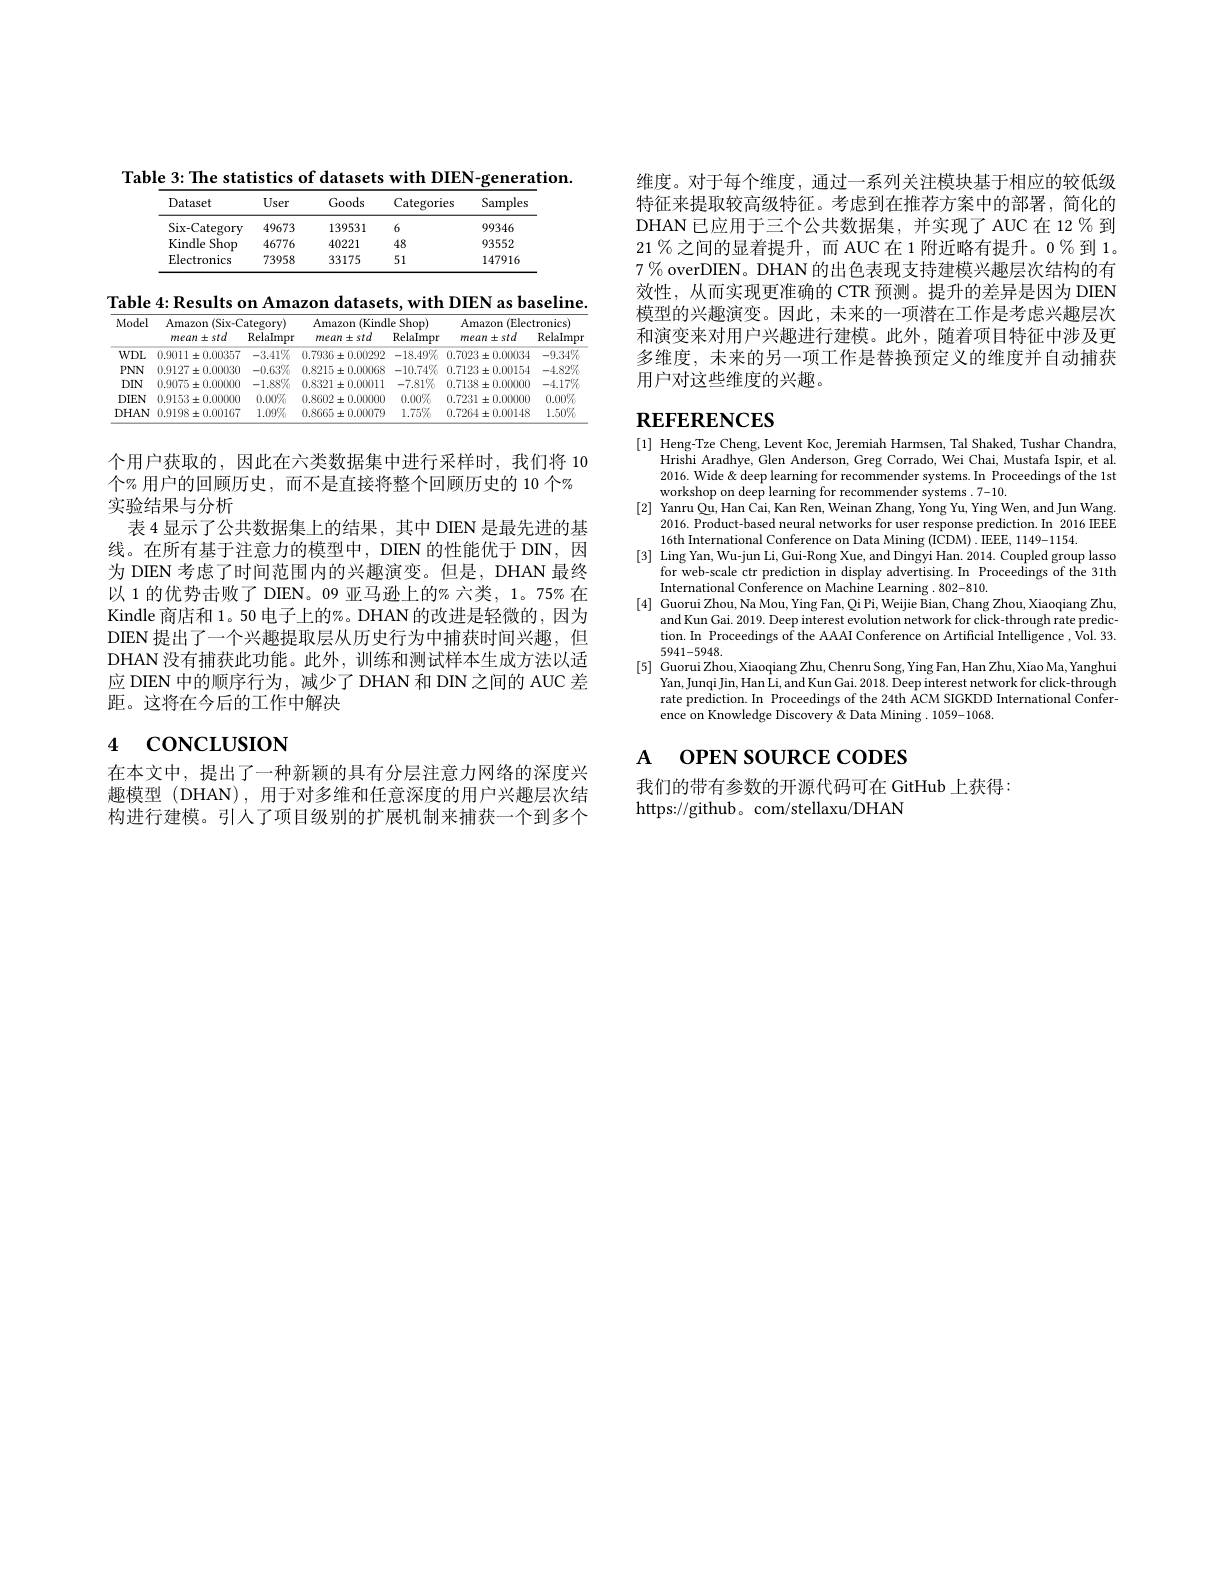
Table 3: The statistics of datasets with DIEN-generation.
<table>
	<tbody>
		<tr>
			<th>Dataset</th>
			<th>User</th>
			<th>Goods</th>
			<th>Categories</th>
			<th>Samples</th>
		</tr>
		<tr>
			<td>Six-Category</td>
			<td>49673</td>
			<td>139531</td>
			<td>6</td>
			<td>99346</td>
		</tr>
		<tr>
			<td>Kindle :Shop</td>
			<td>46776</td>
			<td>40221</td>
			<td>48</td>
			<td>93552</td>
		</tr>
		<tr>
			<td>Electronics</td>
			<td>73958</td>
			<td>33175</td>
			<td>51</td>
			<td>147916</td>
		</tr>
	</tbody>
</table>

Table 4: Results on Amazon datasets, with DIEN as baseline.
<table>
	<tbody>
		<tr>
			<th rowspan="2">Model</th>
			<th colspan="2">Amazon (Six-Categorv)</th>
			<th colspan="2">Amazon (Kindle Shop)</th>
			<th colspan="2">Amazon (Electronics)</th>
		</tr>
		<tr>
			<th>mean±std</th>
			<th>RelaImpr</th>
			<th>mean±std</th>
			<th>RelaImpr</th>
			<th>mean±std</th>
			<th>RelaImpr</th>
		</tr>
		<tr>
			<td>$WDL$</td>
			<td>$0.9011\pm0.00357$</td>
			<td>$-3.41\%$</td>
			<td>$0.7936\pm0.00292$</td>
			<td>$-18.49\%$</td>
			<td>$0.7023\pm0.00034$</td>
			<td>$-9.34\%$</td>
		</tr>
		<tr>
			<td>$PNN$</td>
			<td>$0.9127\pm0.00030$</td>
			<td>$-0.63\%$</td>
			<td>$0.8215\pm0.00068$</td>
			<td>$-10.74\%$</td>
			<td>$0.7123\pm0.00154$</td>
			<td>$-4.82\%$</td>
		</tr>
		<tr>
			<td>$DIN$</td>
			<td>$0.9075\pm0.000000$</td>
			<td>$-1.88\%$</td>
			<td>$0.8321\pm0.00011$</td>
			<td>$-7.81\%$</td>
			<td>$0.7138\pm0.00000$</td>
			<td>$-4.17\%$</td>
		</tr>
		<tr>
			<td>$DIEN$</td>
			<td>$0.9153\pm0.000000$</td>
			<td>$0.00\%$</td>
			<td>$0.8602\pm0.000000$</td>
			<td>$0.00\%$</td>
			<td>$0.7231\pm0.00000$</td>
			<td>$0.00\%$</td>
		</tr>
		<tr>
			<td>$DHAN$</td>
			<td>$0.9198\pm0.00167$</td>
			<td>$1.09\%$</td>
			<td>$0.8665\pm0.00079$</td>
			<td>$1.75\%$</td>
			<td>$0.7264\pm0.00148$</td>
			<td>$1.50\%$</td>
		</tr>
	</tbody>
</table>

个用户获取的，因此在六类数据集中进行采样时，我们将 10
个% 用户的回顾历史，而不是直接将整个回顾历史的 10 个%
实验结果与分析
表 4 显示了公共数据集上的结果，其中 DIEN 是最先进的基线。在所有基于注意力的模型中，DIEN 的性能优于 DIN,因为 DIEN 考虑了时间范围内的兴趣演变。但是，DHAN 最终以 1 的优势击败了 DIEN。09 亚马逊上的% 六类，1。75% 在Kindle 商店和 1。50 电子上的%。DHAN 的改进是轻微的，因为DIEN 提出了一个兴趣提取层从历史行为中捕获时间兴趣，但DHAN 没有捕获此功能。此外，训练和测试样本生成方法以适应 DIEN 中的顺序行为，减少了 DHAN 和 DIN 之间的 AUC 差距。这将在今后的工作中解决

# 4 concLusıoN

在本文中，提出了一种新颖的具有分层注意力网络的深度兴趣模型 (DHAN),用于对多维和任意深度的用户兴趣层次结构进行建模。引人了项目级别的扩展机制来捕获一个到多个

维度。对于每个维度，通过一系列关注模块基于相应的较低级特征来提取较高级特征。考虑到在推荐方案中的部署，简化的DHAN 已应用于三个公共数据集，并实现了 AUC 在 12 % 到$21\%$之间的显着提升，而 AUC 在 1 附近略有提升。0 % 到 1。$7\%$ overDIEN。DHAN 的出色表现支持建模兴趣层次结构的有效性，从而实现更准确的 CTR 预测。提升的差异是因为 DIEN 模型的兴趣演变。因此，未来的一项潜在工作是考虑兴趣层次和演变来对用户兴趣进行建模。此外，随着项目特征中涉及更多维度，未来的另一项工作是替换预定义的维度并自动捕获用户对这些维度的兴趣。

# REFERENCES

[1] Heng-Tze Cheng, Levent Koc, Jeremiah Harmsen, Tal Shaked, Tushar Chandra,
Hrishi Aradhye, Glen Anderson, Greg Corrado, Wei Chai, Mustafa Ispir, et al. 2016. Wide & deep learning for recommender systems.In Proceedings of the 1st workshop on deep learning for recommender systems .7-10.
[2] Yanru Qu, Han Cai, Kan Ren, Weinan Zhang, Yong Yu, Ying Wen, and Jun Wang.
2016. Product-based neural networks for user response prediction.In 2016 IEEE
16th International Conference on Data Mining (ICDM) . IEEE, 1149-1154.
[3] Ling Yan, Wu-jun Li, Gui-Rong Xue, and Dingyi Han. 2014. Coupled group lasso
for web-scale ctr prediction in display advertising. In Proceedings of the 31th
International Conference on Machine Learning .802-810.
[4] Guorui Zhou, Na Mou, Ying Fan, Qi Pi, Weijie Bian, Chang Zhou, Xiaoqiang Zhu,
and Kun Gai. 2019. Deep interest evolution network for click-through rate prediction. In Proceedings of the AAAI Conference on Artificial Intelligence , $\hat{\text{Vol.33.}}$ 5941-5948.
[5] Guorui Zhou, Xiaoqiang Zhu, Chenru Song, Ying Fan, Han Zhu, Xiao Ma, Yanghui
Yan, Junqi Jin, Han Li, and Kun Gai. 2018. Deep interest network for click-through rate prediction.In Proceedings of the 24th ACM SIGKDD International Conference on Knowledge Discovery & Data Mining . 1059-1068.

# $\mathbf{A}$ $\mathbf{OPENSOURCECODES}$

我们的带有参数的开源代码可在 GitHub 上获得：
https://github。com/stellaxu/DHAN